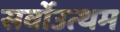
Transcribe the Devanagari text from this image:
सर्वोउत्थम